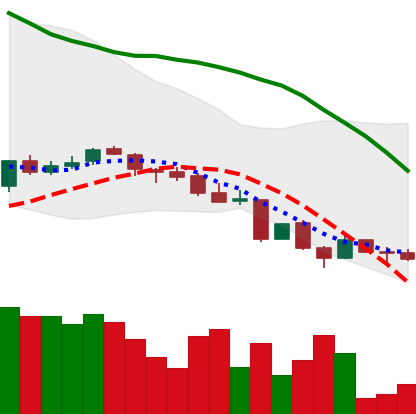
Ticker: LINK-USD
Chart end date: 2018-06-17
Forward return: -13.043%
Label: down_7plus